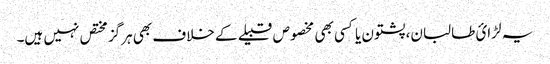
یہ لڑائ طالبان، پشتون یا کسی بھی مخصوص قبیلے کے خلاف بھی ہرگز مختص نہیں ہیں۔